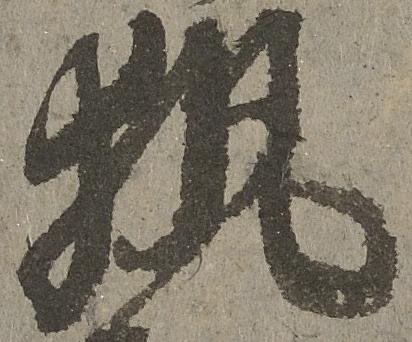
執